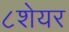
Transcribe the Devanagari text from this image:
८शेयर